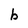
Character: b